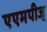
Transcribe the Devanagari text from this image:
एएमपीज्